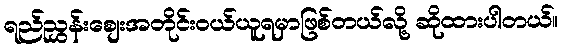
ရည်ညွှန်းစျေးအတိုင်းဝယ်ယူရမှာဖြစ်တယ်လို့ ဆိုထားပါတယ်။